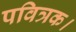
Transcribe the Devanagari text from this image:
पवित्रक।